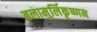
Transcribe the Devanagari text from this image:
बलामुर्लिकृष्णन